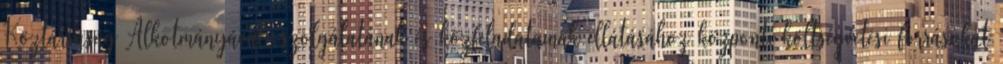
Köztársaság Alkotmányával, szolgálatának és közfeladatainak ellátásához központi költségvetési forrásokat